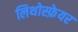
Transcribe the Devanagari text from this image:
लिथोस्फ़ेयर